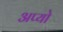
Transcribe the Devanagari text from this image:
अप्यो